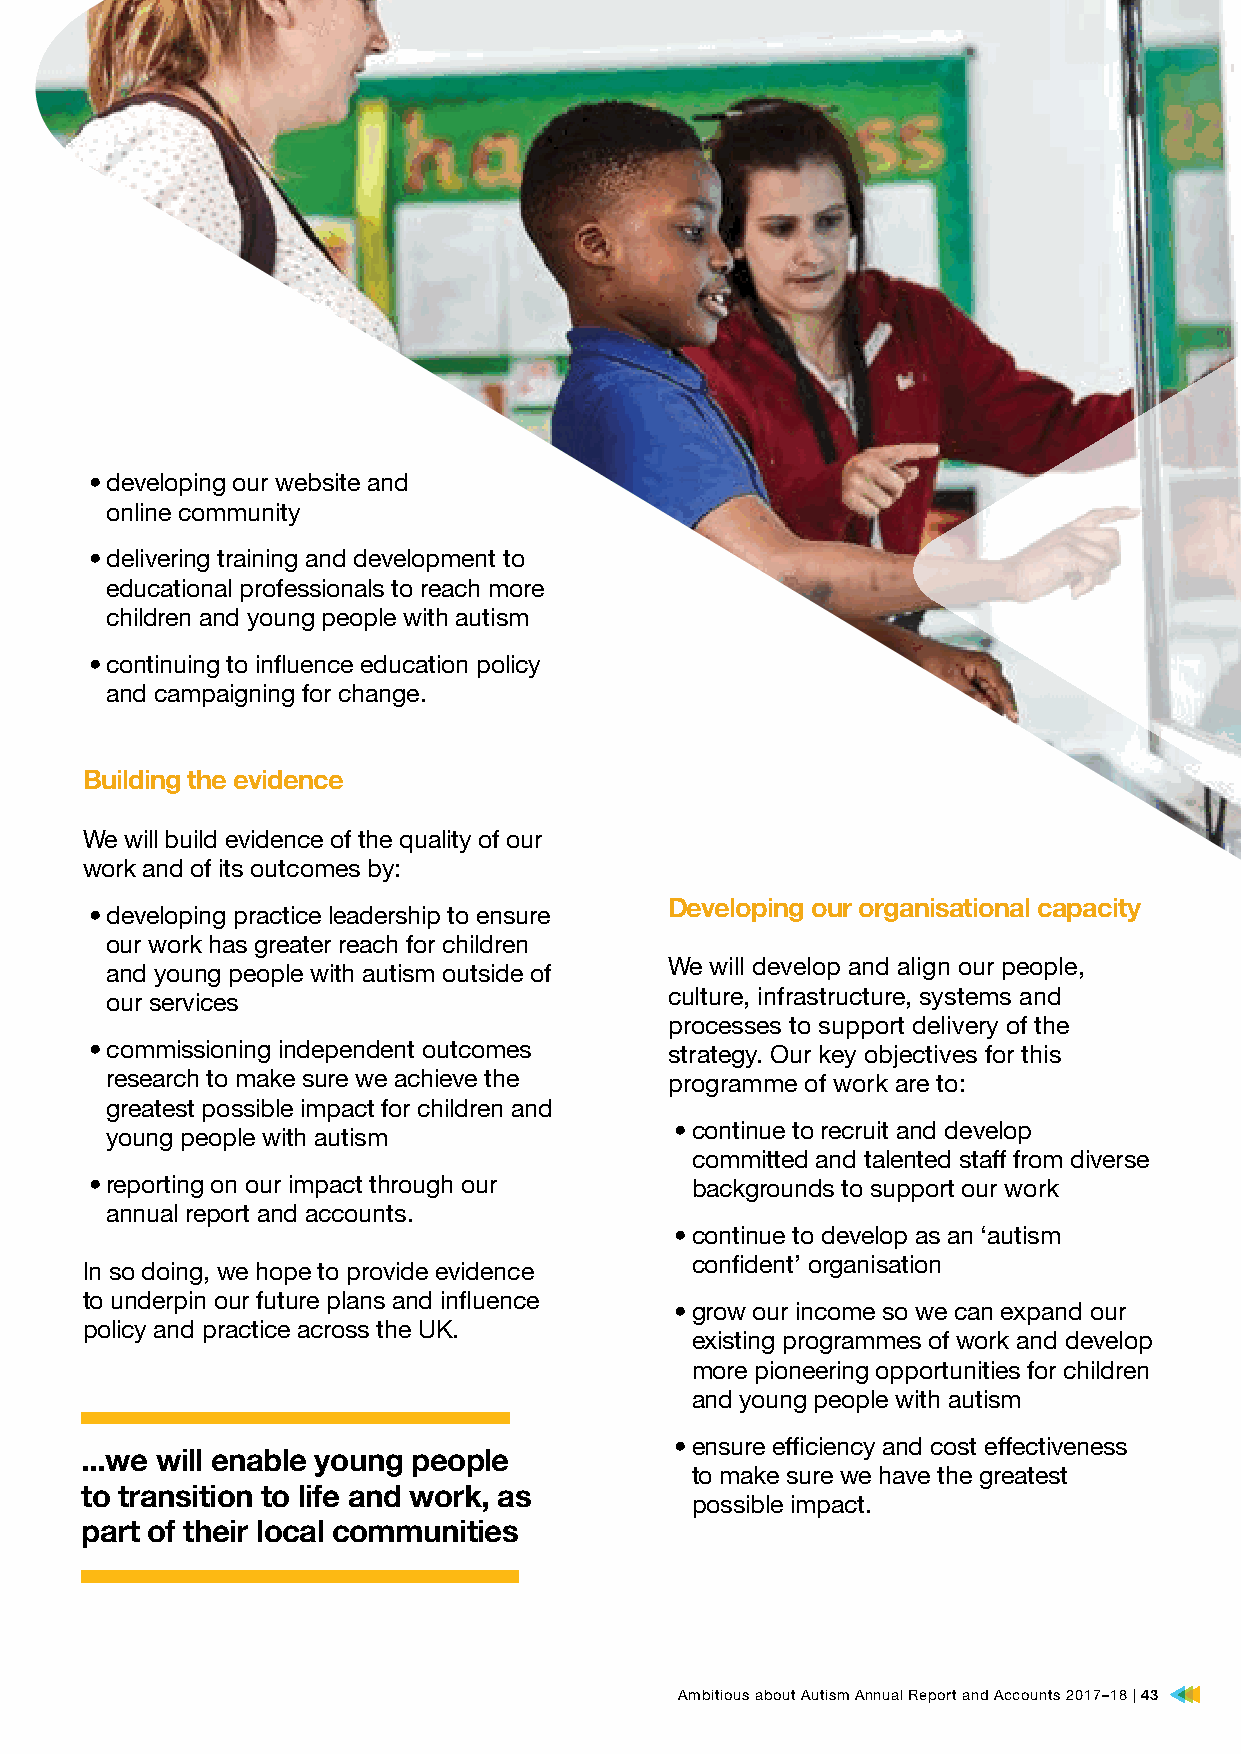
• developing our website and
 online community
 • delivering training and development to
 educational professionals to reach more
 children and young people with autism
 • continuing to influence education policy
 and campaigning for change.
 Building the evidence
 We will build evidence of the quality of our
 work and of its outcomes by:
 • developing practice leadership to ensure Developing our organisational capacity
 our work has greater reach for children
 We will develop and align our people,
 and young people with autism outside of
 culture, infrastructure, systems and
 our services
 processes to support delivery of the
 • commissioning independent outcomes  strategy. Our key objectives for this
 research to make sure we achieve the programme of work are to:
 greatest possible impact for children and
 • continue to recruit and develop
 young people with autism
 committed and talented staff from diverse
 • reporting on our impact through our   backgrounds to support our work
 annual report and accounts.
 • continue to develop as an ‘autism
 confident’ organisation
 In so doing, we hope to provide evidence
 to underpin our future plans and influence • grow our income so we can expand our
 policy and practice across the UK.
 existing programmes of work and develop
 more pioneering opportunities for children
 and young people with autism
 • ensure efficiency and cost effectiveness
 ...we will enable young people
 to make sure we have the greatest
 to transition to life and work, as
 possible impact.
 part of their local communities
 Ambitious about Autism Annual Report and Accounts 2017–18 | 43